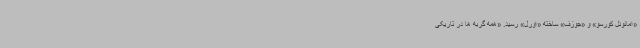
«امانوئل کورسو» و «جوزف» ساخته «اورل» رسید. «همه گربه ها در تاریکی